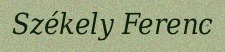
Székely Ferenc